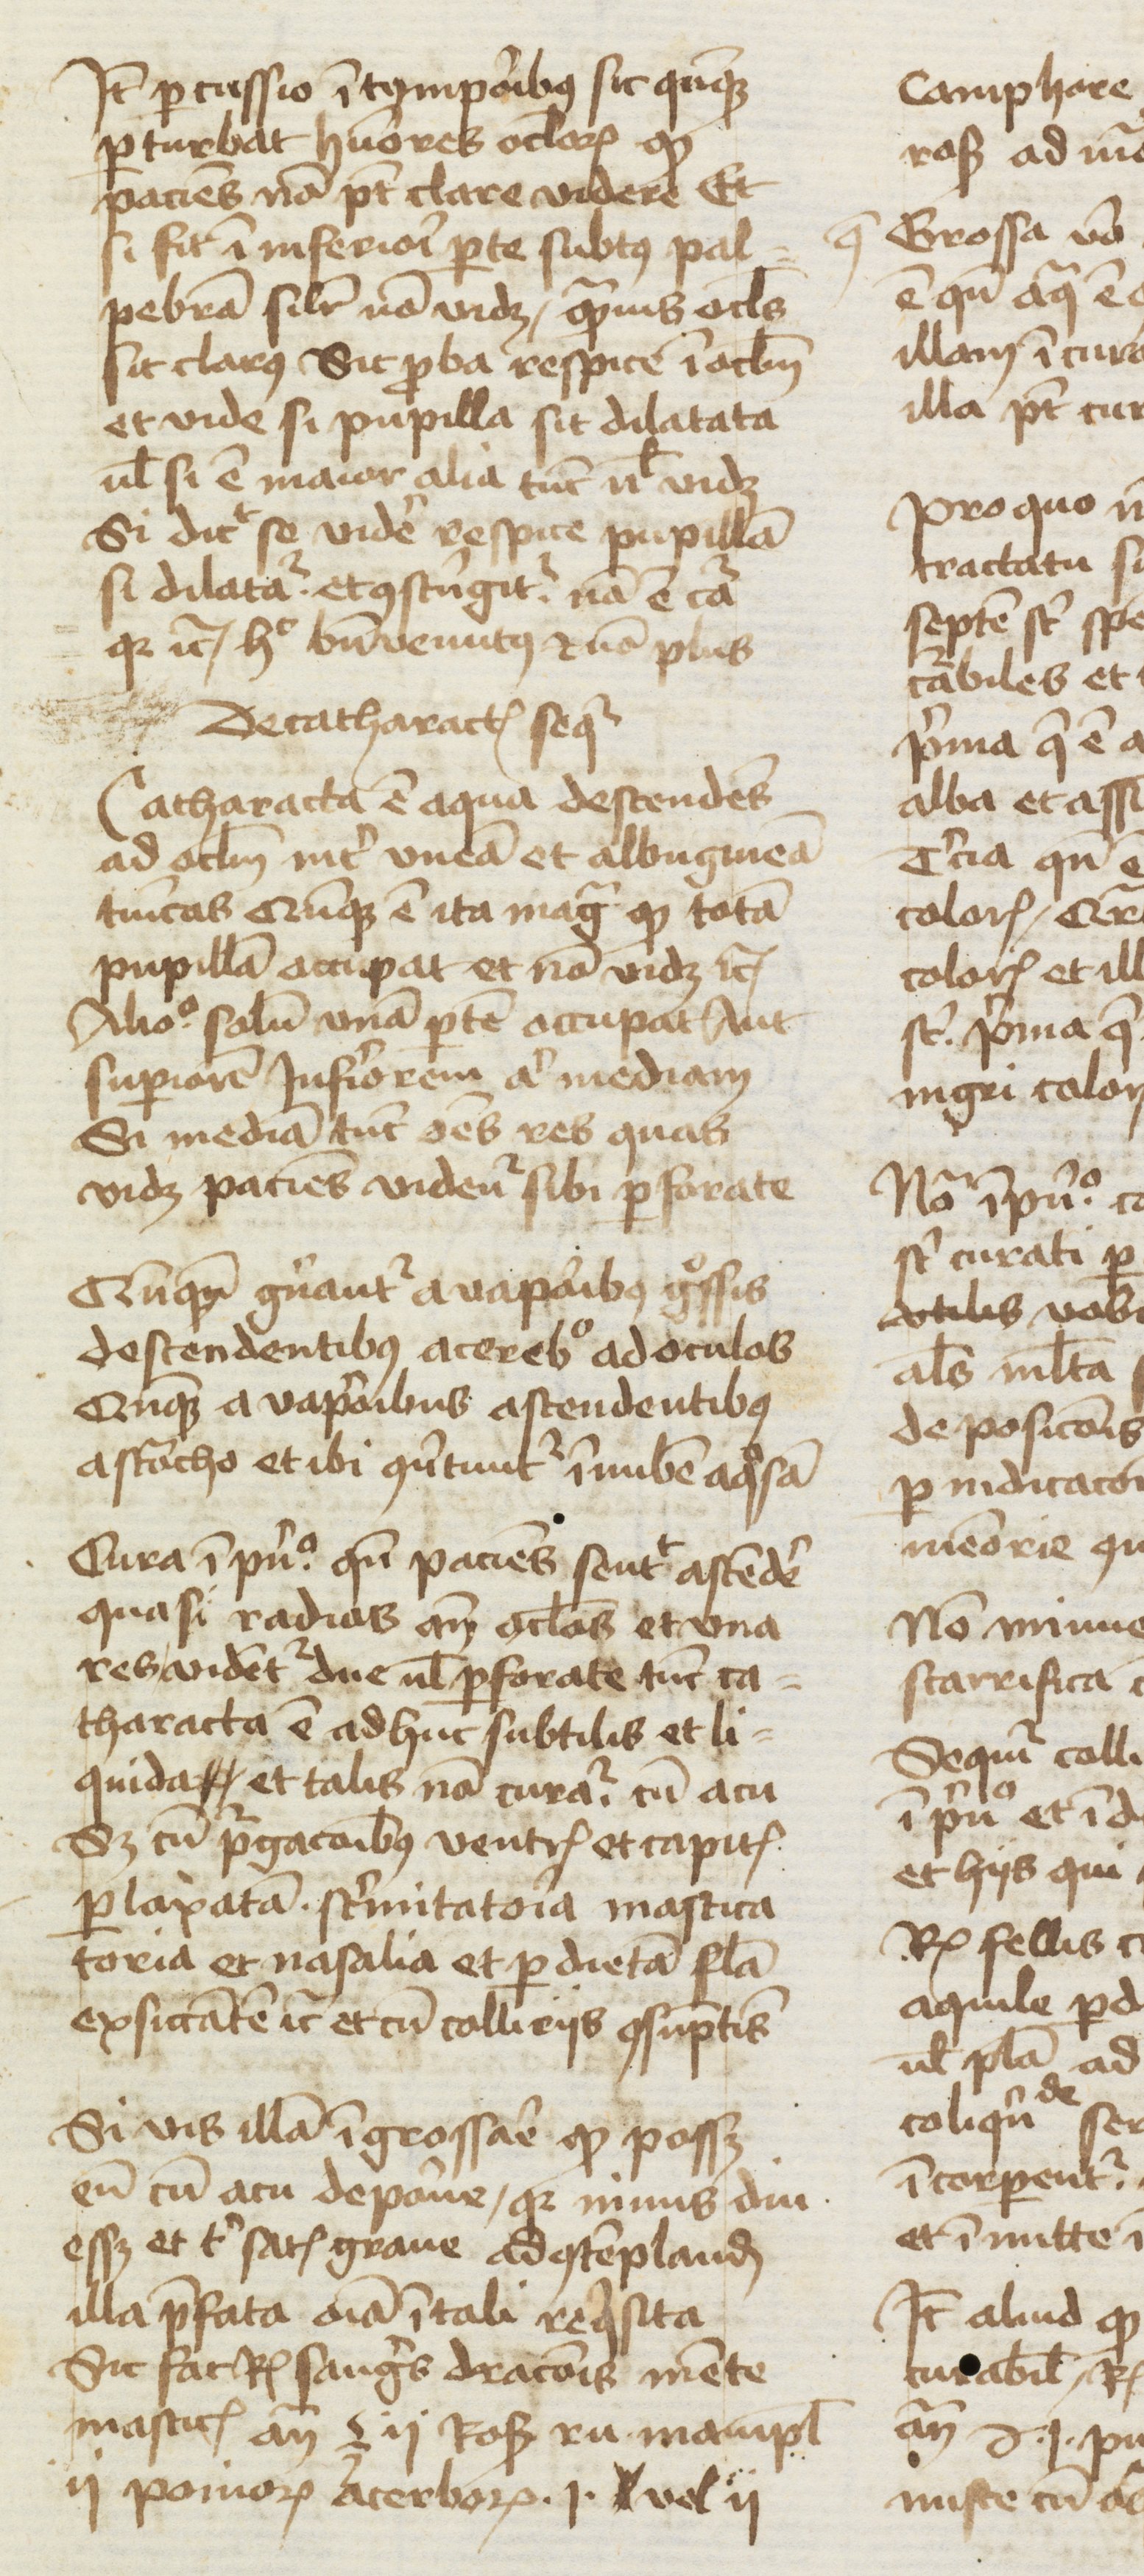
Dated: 1378–1378